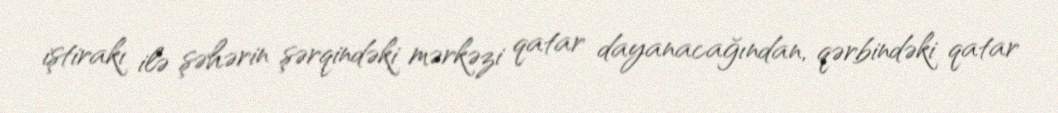
iştirakı ilə şəhərin şərqindəki mərkəzi qatar dayanacağından, qərbindəki qatar